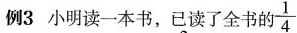
例3 小明读一本书，已读了全书的 \frac{1}{4}